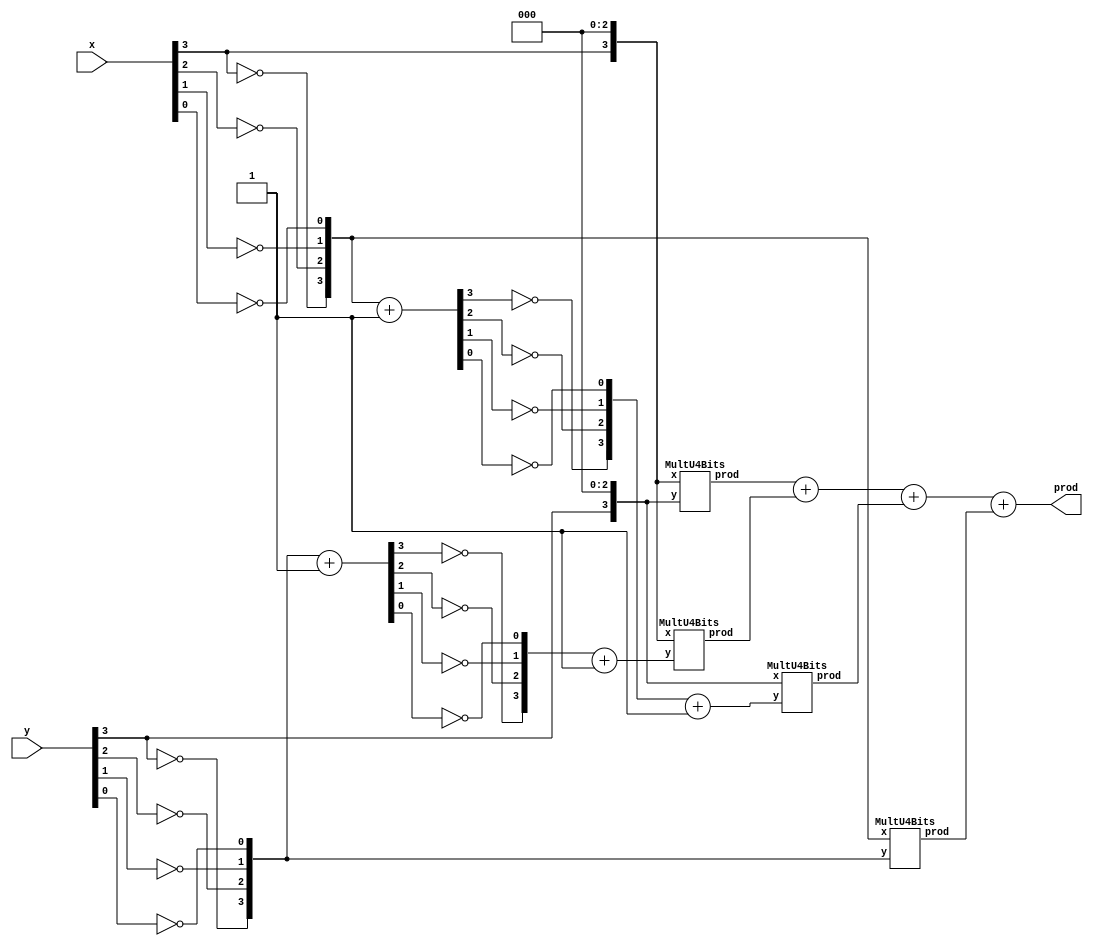
    module MultS4Bits(
        input [3:0] x,
        input [3:0] y,
        output [7:0] prod
    );

        wire [3:0] signx;
        wire [3:0] signy;
        wire [3:0] offsetx;
        wire [3:0] offsety;
        wire [3:0] xx;
        wire [3:0] yy;

        assign signx[3] = x[3];
        assign signx[2] = 1'b0;
        assign signx[1] = 1'b0;
        assign signx[0] = 1'b0;

        assign signy[3] = y[3];
        assign signy[2] = 1'b0;
        assign signy[1] = 1'b0;
        assign signy[0] = 1'b0;

        assign offsetx[3] = !x[3];
        assign offsetx[2] = !x[2];
        assign offsetx[1] = !x[1];
        assign offsetx[0] = !x[0];
        
        assign xx = offsetx + 1'b1;

        assign offsety[3] = !y[3];
        assign offsety[2] = !y[2];
        assign offsety[1] = !y[1];
        assign offsety[0] = !y[0];

        assign yy = offsety + 1'b1;

        wire [7:0] signxsigny;

        MultU4Bits multU4Bits(.x(signx), .y(signy), .prod(signxsigny));

        wire[7:0] signyoffsetx;
        wire[7:0] signxoffsety;
        wire[7:0] offsetxoffsety;
        wire[3:0] offsetyC;
        wire[3:0] offsetxC;
        wire[3:0] xxc;
        wire[3:0] yyc;
        
        
        assign offsetxC[3] = !xx[3];
        assign offsetxC[2] = !xx[2];
        assign offsetxC[1] = !xx[1];
        assign offsetxC[0] = !xx[0];
        
        assign offsetyC[3] = !yy[3];
        assign offsetyC[2] = !yy[2];
        assign offsetyC[1] = !yy[1];
        assign offsetyC[0] = !yy[0];

        assign xxc = offsetxC + 1'b1;
        assign yyc = offsetyC + 1'b1;


        
        MultU4Bits multU4Bits1(.x(signx), .y(yyc), .prod(signxoffsety));
        MultU4Bits multU4Bits2(.x(signy), .y(xxc), .prod(signyoffsetx));
        MultU4Bits multU4Bits3(.x(offsetx), .y(offsety), .prod(offsetxoffsety));


        assign prod = signxsigny + signxoffsety + signyoffsetx + offsetxoffsety;


    endmodule

    module MultU4Bits (
        input [3:0] x,
        input [3:0] y,
        output [7:0] prod
    );
        wire [3:0] pp[0:3];

        genvar i;
        generate
            for (i = 0; i < 4; i = i+1)
            begin
            assign pp[i] = {4{y[i]}} & x;
            end
        endgenerate

        wire [5:0] sum0;
        wire [5:0] sum1;
        
        assign sum0 = {1'b0, pp[0]} + {pp[1], 1'b0};
        assign sum1 = {1'b0, pp[2]} + {pp[3], 1'b0};

        assign prod = {2'b00, sum0} + {sum1, 2'b00};
    endmodule